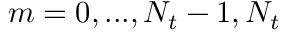
m = 0 , . . . , N _ { t } - 1 , N _ { t }